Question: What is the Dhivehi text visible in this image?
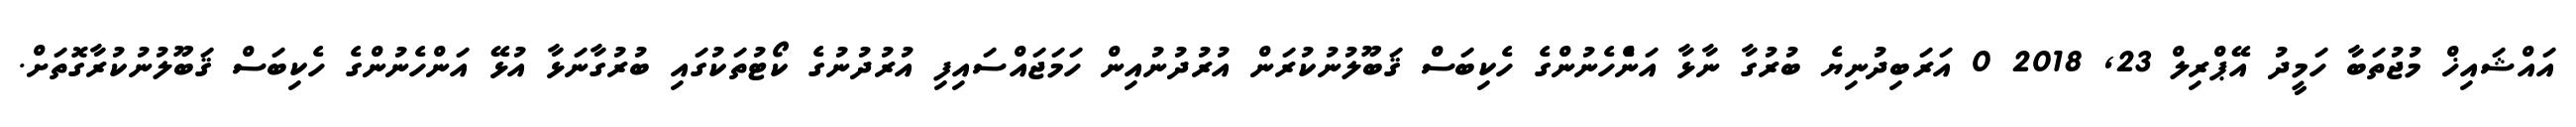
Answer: އައްޝައިޚް މުޖުތަބާ ހަމީދު އޭޕްރިލް 23, 2018 0 އަރަބިދުނިޔެ ބުރުގާ ނާޅާ އަންެހެނުންގެ ހެކިބަސް ޤަބޫލުނުކުރަން އުރުދުނުއިން ހަމަޖައްސައިފި އުރުދުނުގެ ކޯޓުތަކުގައި ބުރުގާނަޅާ އުޅޭ އަންހެނުންގެ ހެކިބަސް ޤަބޫލުނުކުރާގޮތަށް.